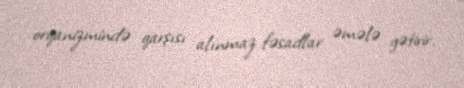
orqanizmində qarşısı alınmaz fəsadlar əmələ gətirir.